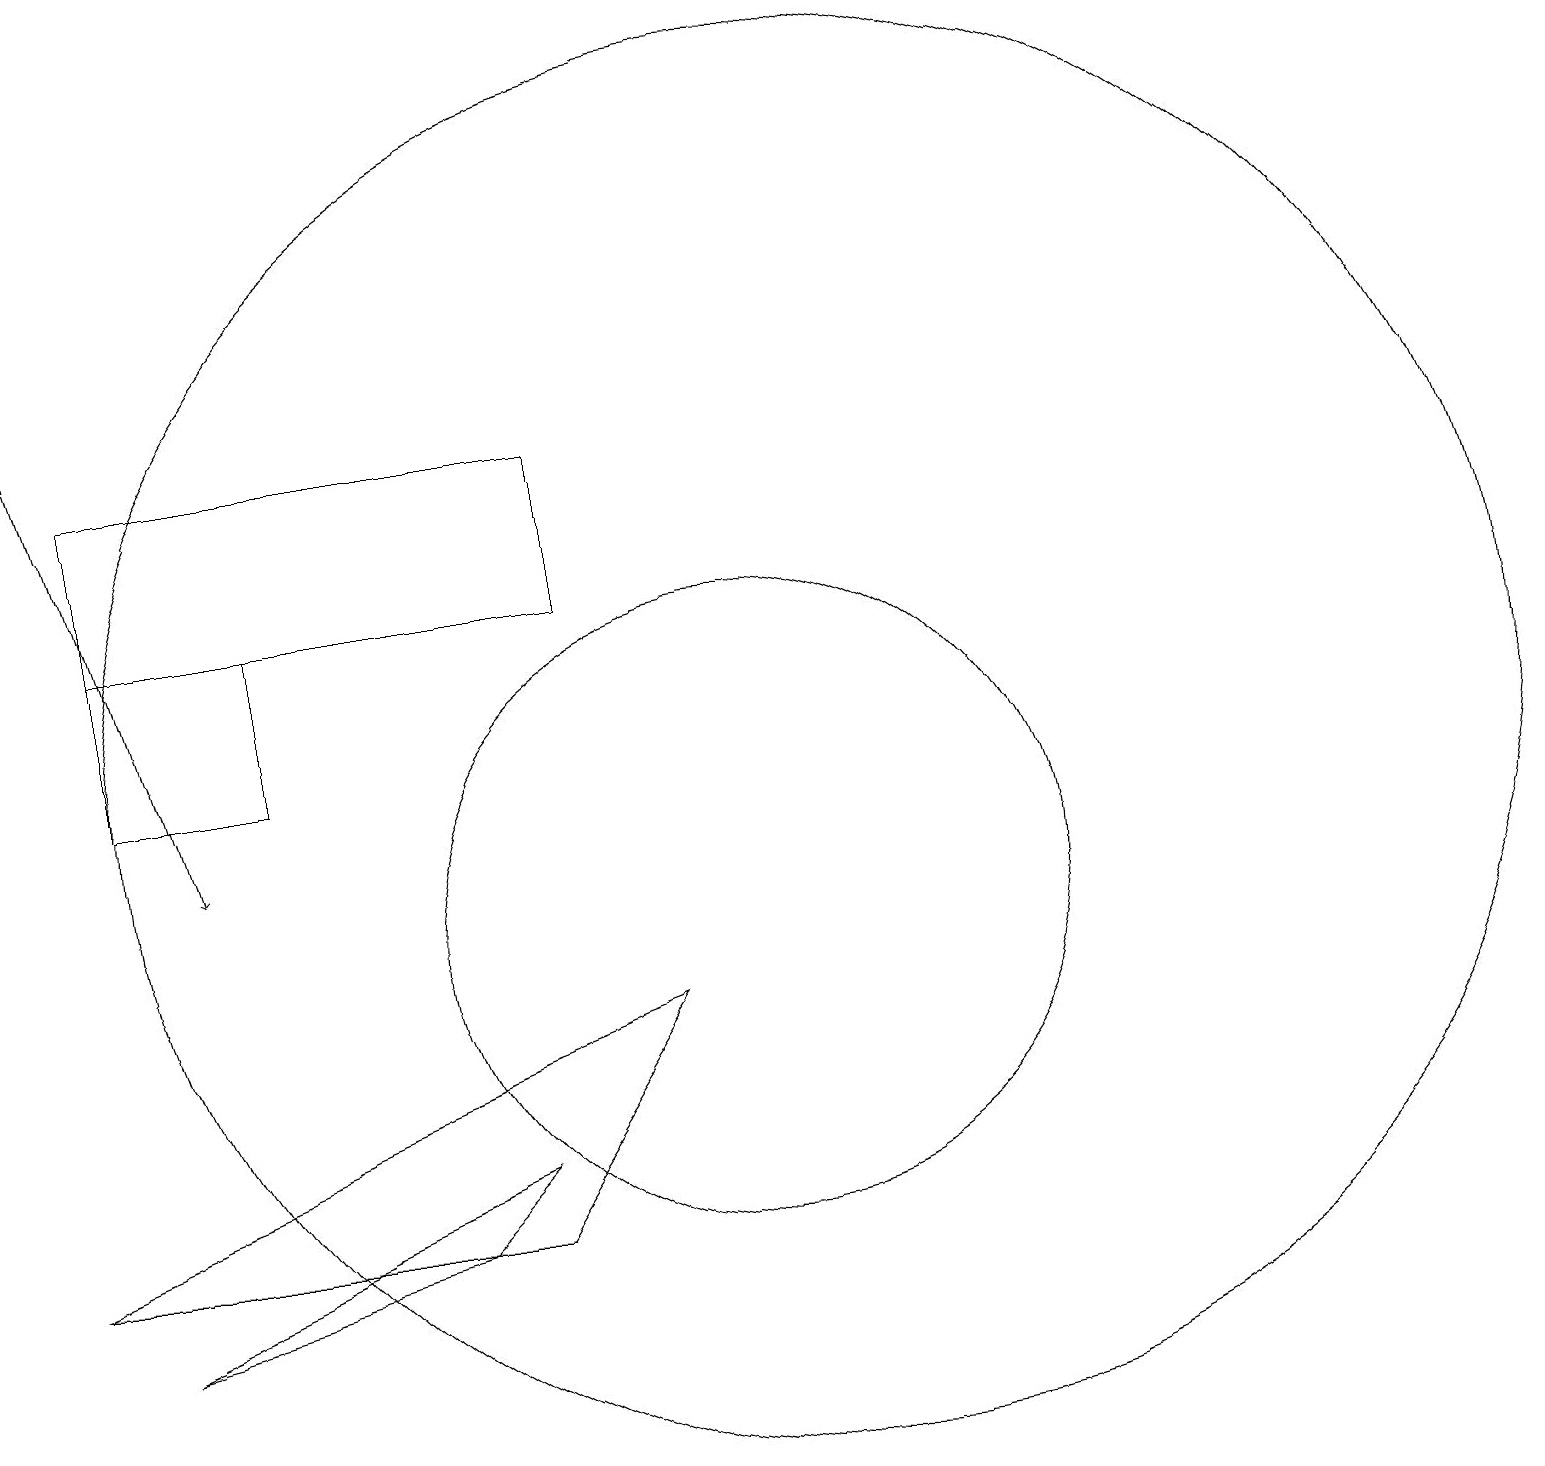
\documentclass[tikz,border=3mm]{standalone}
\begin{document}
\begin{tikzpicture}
\draw (8,14) rectangle (2,16);
\draw (11,11) circle (0);
\draw (11,12) circle (9);
\draw (4,12) rectangle (2,14);
\draw (1,6) -- (7,6) -- (9,9) -- cycle;
\draw[->] (1,18) -- (3,11);
\draw (10,10) circle (4);
\draw (7,7) -- (2,5) -- (6,6) -- cycle;
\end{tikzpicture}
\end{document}